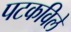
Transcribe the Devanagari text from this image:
पटकविले